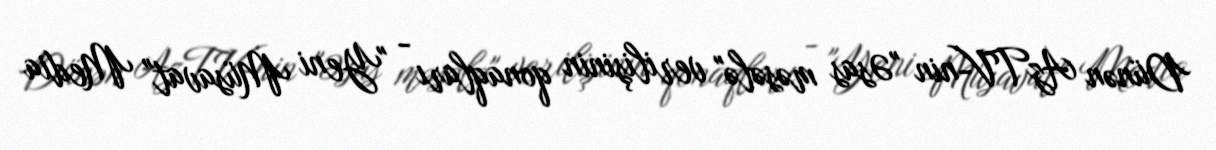
Dünən AzTV-nin "Əsas məsələ" verilişinin qonaqları - "Yeni Müsavat" Media